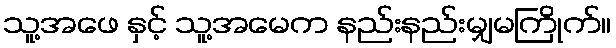
သူ့အဖေ နှင့် သူ့အမေက နည်းနည်းမျှမကြိုက်။